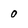
Character: 0